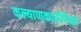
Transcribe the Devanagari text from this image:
कल्याणकारीपेक्षा